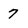
Character: 7